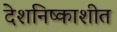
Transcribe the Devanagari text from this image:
देशनिष्काशीत